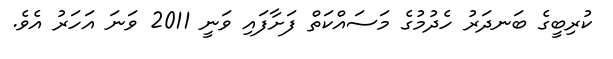
ކުރިބީގެ ބަނދަރު ހެދުމުގެ މަސައްކަތް ފަށާފައި ވަނީ 2011 ވަނަ އަހަރު އެވެ.